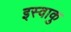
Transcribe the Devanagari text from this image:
इस्वाकु